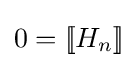
0=[\![H_{n}]\!]